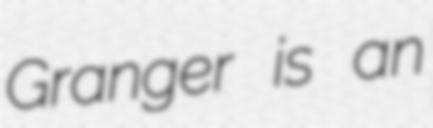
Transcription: Granger is an